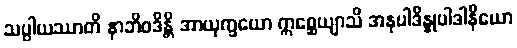
သပ္ပါယဿာတိ နာဘိဝဒိန္တိ အာယုက္ခယော ဣစ္ဆေယျာသိ အနုပါဒိန္နုပါဒါနိယော